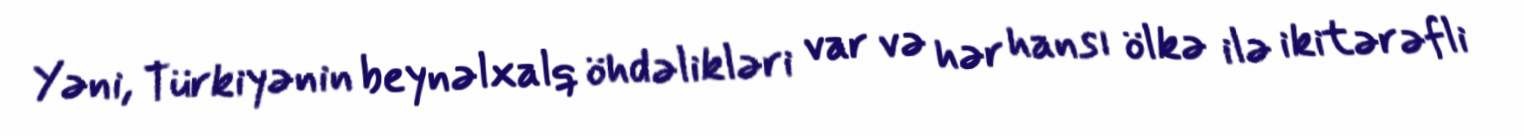
Yəni, Türkiyənin beynəlxalq öhdəlikləri var və hər hansı ölkə ilə ikitərəfli